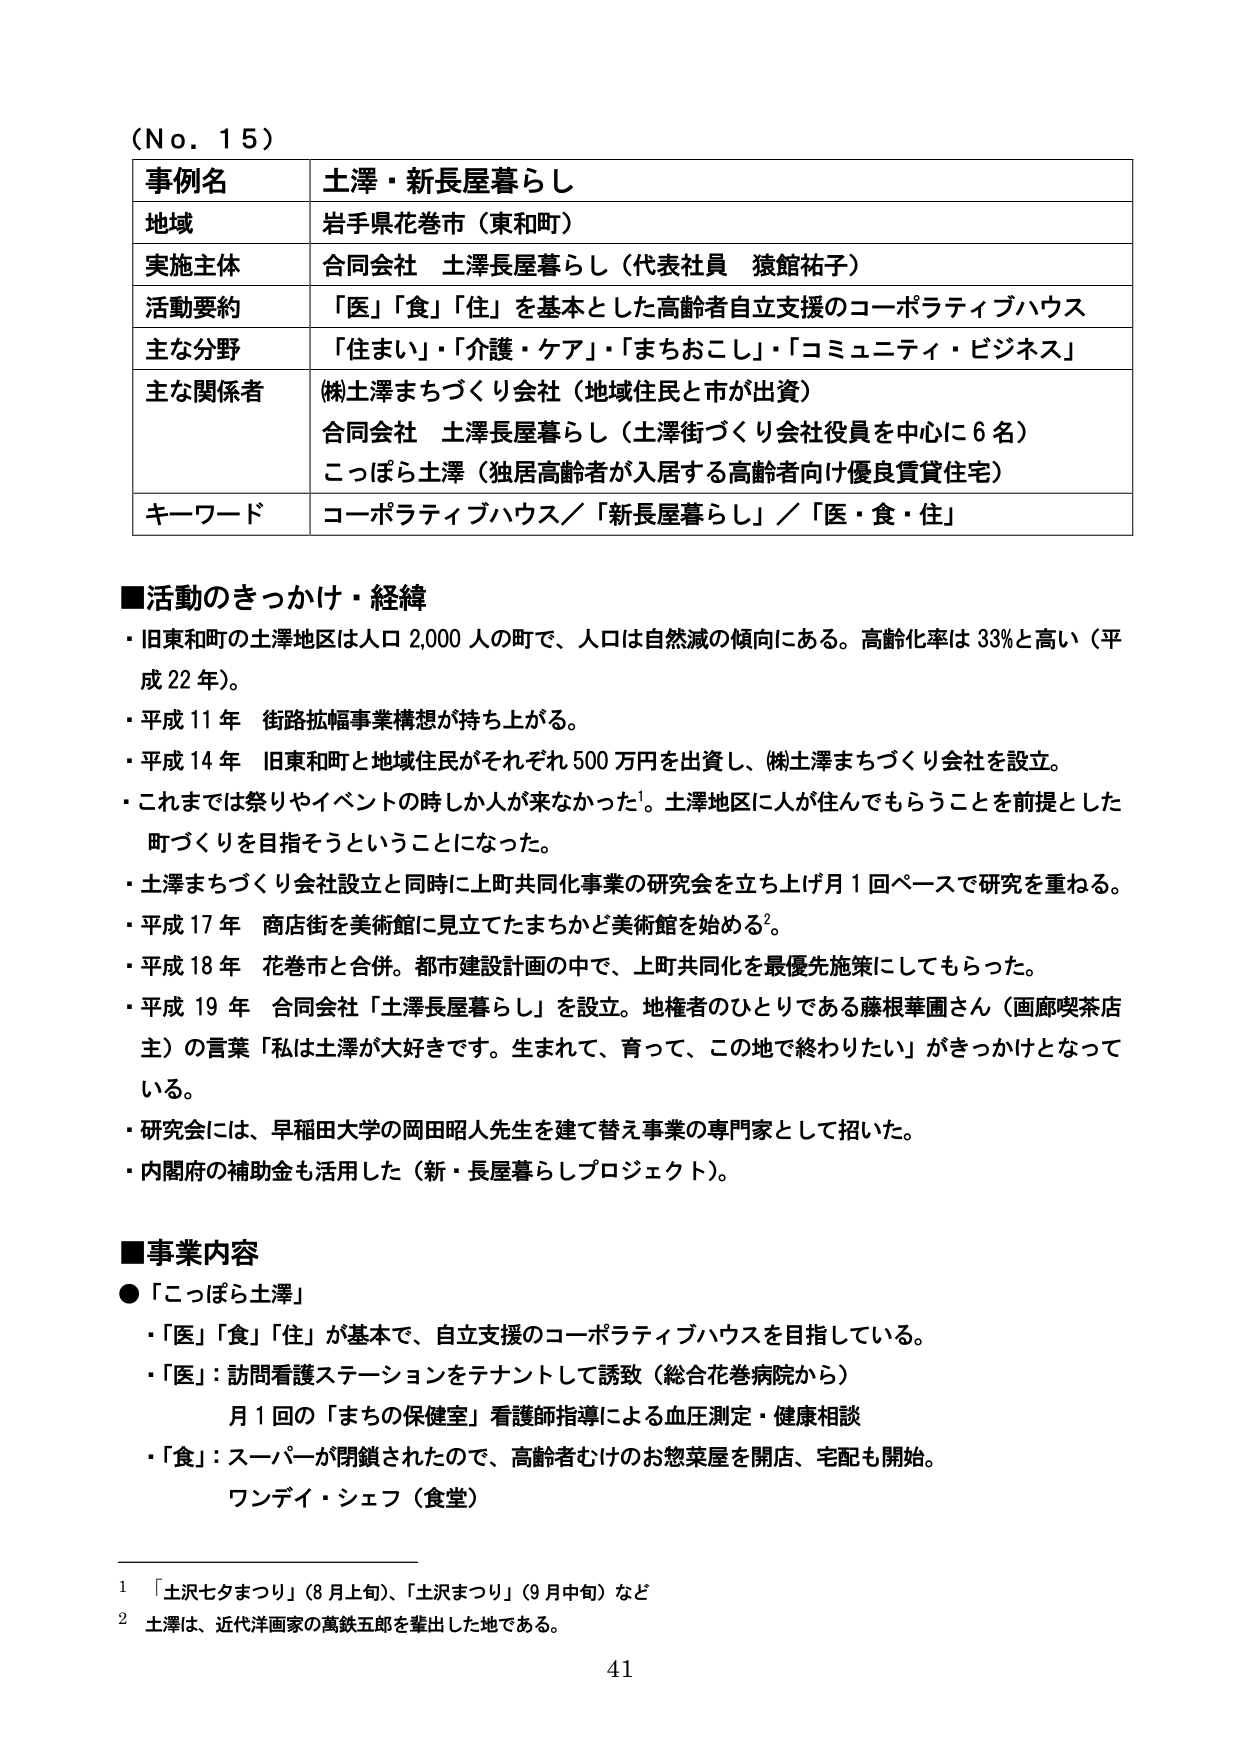
（No. 15）

事例名　土澤・新長屋暮らし
地域　岩手県花巻市（東和町）
実施主体　合同会社 土澤長屋暮らし（代表社員 猿館祐子）
活動要約　「医」「食」「住」を基本とした高齢者自立支援のコーポラティブハウス
主な分野　「住まい」・「介護・ケア」・「まちおこし」・「コミュニティ・ビジネス」
主な関係者　㈱土澤まちづくり会社（地域住民と市が出資）
　　　　　　合同会社 土澤長屋暮らし（土澤街づくり会社役員を中心に6名）
　　　　　　こっぱら土澤（独居高齢者が入居する高齢者向け優良賃貸住宅）
キーワード　コーポラティブハウス／「新長屋暮らし」／「医・食・住」

■活動のきっかけ・経緯
・旧東和町の土澤地区は人口2,000人の町で、人口は自然減の傾向にある。高齢化率は33%と高い（平成22年）。
・平成11年 街路拡幅事業構想が持ち上がる。
・平成14年 旧東和町と地域住民がそれぞれ500万円を出資し、㈱土澤まちづくり会社を設立。
・これまでは祭りやイベントの時しか人が来なかった¹。土澤地区に人が住んでもらうことを前提とした町づくりを目指そうということになった。
・土澤まちづくり会社設立と同時に上町共同化事業の研究会を立ち上げ月1回ペースで研究を重ねる。
・平成17年 商店街を美術館に見立てたまちかど美術館を始める²。
・平成18年 花巻市と合併。都市建設計画の中で、上町共同化を最優先施策にしてもらった。
・平成19年 合同会社「土澤長屋暮らし」を設立。地権者のひとりである藤根華圃さん（画廊喫茶店主）の言葉「私は土澤が大好きです。生まれて、育って、この地で終わりたい」がきっかけとなっている。
・研究会には、早稲田大学の岡田昭人先生を建て替え事業の専門家として招いた。
・内閣府の補助金も活用した（新・長屋暮らしプロジェクト）。

■事業内容
●「こっぱら土澤」
・「医」「食」「住」が基本で、自立支援のコーポラティブハウスを目指している。
・「医」：訪問看護ステーションをテナントして誘致（総合花巻病院から）
　　　月1回の「まちの保健室」看護師指導による血圧測定・健康相談
・「食」：スーパーが閉鎖されたので、高齢者むけのお惣菜屋を開店、宅配も開始。
　　　ワンデイ・シェフ（食堂）

¹ 「土沢七夕まつり」（8月上旬）、「土沢まつり」（9月中旬）など
² 土澤は、近代洋画家の萬鉄五郎を輩出した地である。

41